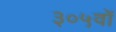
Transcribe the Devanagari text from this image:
३०५वॉ